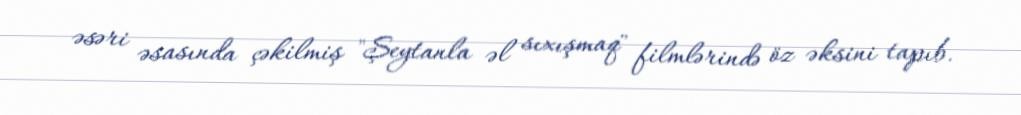
əsəri əsasında çəkilmiş "Şeytanla əl sıxışmaq" filmlərində öz əksini tapıb.